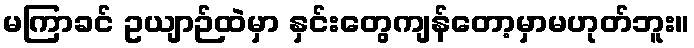
မကြာခင် ဥယျာဉ်ထဲမှာ နှင်းတွေကျန်တော့မှာမဟုတ်ဘူး။